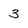
Character: 3